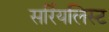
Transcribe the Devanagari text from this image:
सर्रियलिस्ट